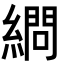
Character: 𦄞